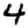
Digit: 4